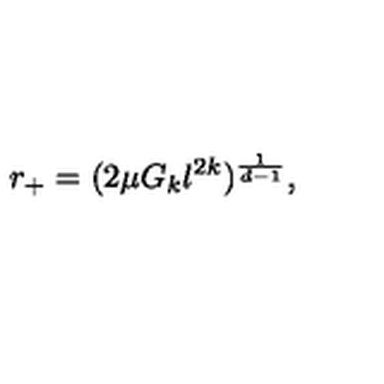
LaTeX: r _ { + } = ( 2 \mu G _ { k } l ^ { 2 k } ) ^ { \frac { 1 } { d - 1 } } ,